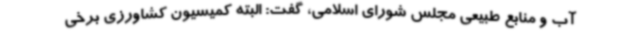
آب و منابع طبیعی مجلس شورای اسلامی، گفت: البته کمیسیون کشاورزی برخی